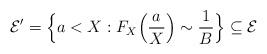
LaTeX: \begin{align*}\mathcal{E}'=\Bigl\{a<X:F_X\Bigl(\frac{a}{X}\Bigr)\sim \frac{1}{B}\Bigr\}\subseteq\mathcal{E}\end{align*}